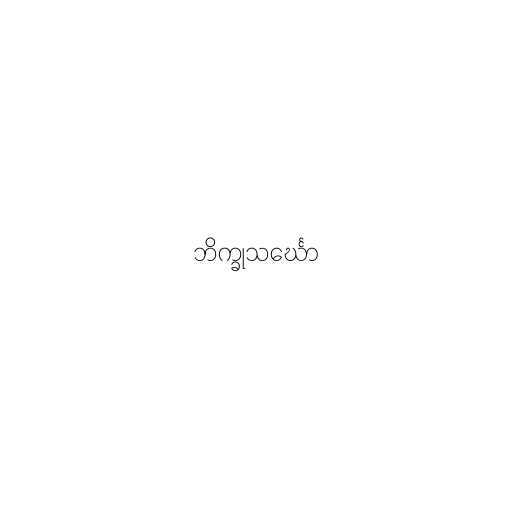
ဘိက္ခုသင်္ဃော